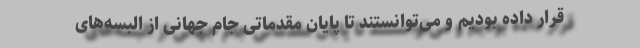
قرار داده بودیم و می‌توانستند تا پایان مقدماتی جام جهانی از البسه‌های